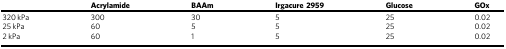
<table><thead><tr><td></td><td><b>Acrylamide</b></td><td><b>BAAm</b></td><td><b>Irgacure 2959</b></td><td><b>Glucose</b></td><td><b>GOx</b></td></tr></thead><tbody><tr><td>320 kPa</td><td>300</td><td>30</td><td>5</td><td>25</td><td>0.02</td></tr><tr><td>25 kPa</td><td>60</td><td>5</td><td>5</td><td>25</td><td>0.02</td></tr><tr><td>2 kPa</td><td>60</td><td>1</td><td>5</td><td>25</td><td>0.02</td></tr></tbody></table>